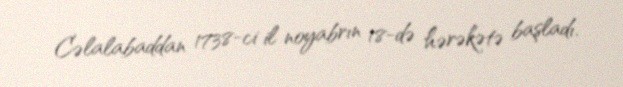
Cəlalabaddan 1738-ci il noyabrın 18-də hərəkətə başladı.